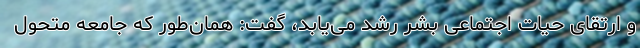
و ارتقای حیات اجتماعی بشر رشد می‌یابد، گفت: همان‌طور که جامعه متحول